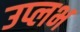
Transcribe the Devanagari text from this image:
उप्लभ